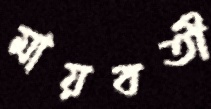
মায়বতী